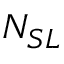
N _ { S L }